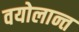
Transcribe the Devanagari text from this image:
वयोलान्त